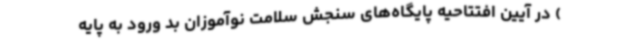
) در آیین افتتاحیه پایگاه‌های سنجش سلامت نوآموزان بد ورود به پایه